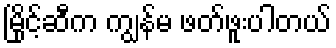
မြိုင့်ဆီက ကျွန်မ ဖတ်ဖူးပါတယ်